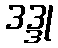
ဒဒ္ဒု